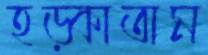
হড়্‌কাতাম